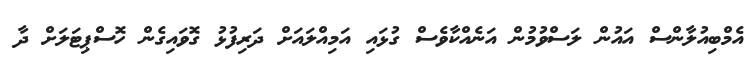
އެމްބިއުލާންސް އައުން ލަސްވުމުން އަނެެއްކާވެސް ގުޅައި އަމިއްލައަށް ދަރިފުޅު ގޮވައިގެން ހޮސްޕިޓަލަށް ދާ